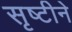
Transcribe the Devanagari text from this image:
सृष्टीने